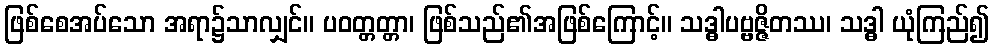
ဖြစ်စေအပ်သော အရာ၌သာလျှင်။ ပဝတ္တတ္တာ၊ ဖြစ်သည်၏အဖြစ်ကြောင့်။ သဒ္ဓါပဗ္ဗဇ္ဇိတဿ၊ သဒ္ဓါ ယုံကြည်၍